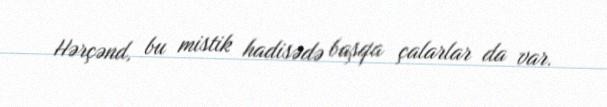
Hərçənd, bu mistik hadisədə başqa çalarlar da var.